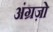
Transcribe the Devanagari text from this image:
अंग्रज़ो